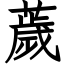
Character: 薉